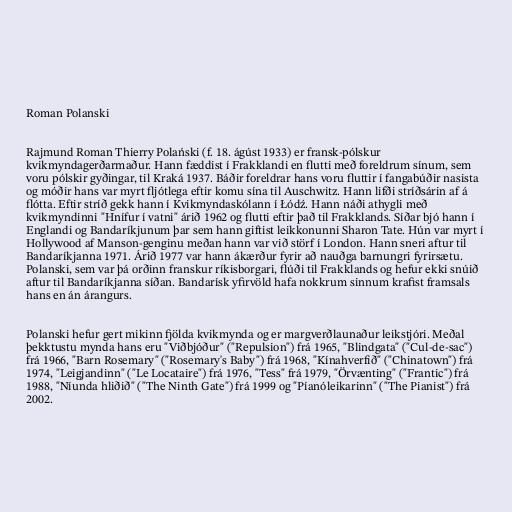
Roman Polanski

Rajmund Roman Thierry Polański (f. 18. ágúst 1933) er fransk-pólskur
kvikmyndagerðarmaður. Hann fæddist í Frakklandi en flutti með foreldrum sínum, sem
voru pólskir gyðingar, til Kraká 1937. Báðir foreldrar hans voru fluttir í fangabúðir nasista
og móðir hans var myrt fljótlega eftir komu sína til Auschwitz. Hann lifði stríðsárin af á
flótta. Eftir stríð gekk hann í Kvikmyndaskólann í Łódź. Hann náði athygli með
kvikmyndinni "Hnífur í vatni" árið 1962 og flutti eftir það til Frakklands. Síðar bjó hann í
Englandi og Bandaríkjunum þar sem hann giftist leikkonunni Sharon Tate. Hún var myrt í
Hollywood af Manson-genginu meðan hann var við störf í London. Hann sneri aftur til
Bandaríkjanna 1971. Árið 1977 var hann ákærður fyrir að nauðga barnungri fyrirsætu.
Polanski, sem var þá orðinn franskur ríkisborgari, flúði til Frakklands og hefur ekki snúið
aftur til Bandaríkjanna síðan. Bandarísk yfirvöld hafa nokkrum sinnum krafist framsals
hans en án árangurs.

Polanski hefur gert mikinn fjölda kvikmynda og er margverðlaunaður leikstjóri. Meðal
þekktustu mynda hans eru "Viðbjóður" ("Repulsion") frá 1965, "Blindgata" ("Cul-de-sac")
frá 1966, "Barn Rosemary" ("Rosemary's Baby") frá 1968, "Kínahverfið" ("Chinatown") frá
1974, "Leigjandinn" ("Le Locataire") frá 1976, "Tess" frá 1979, "Örvænting" ("Frantic") frá
1988, "Níunda hliðið" ("The Ninth Gate") frá 1999 og "Píanóleikarinn" ("The Pianist") frá
2002.